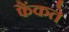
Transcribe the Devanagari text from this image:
फैंकते